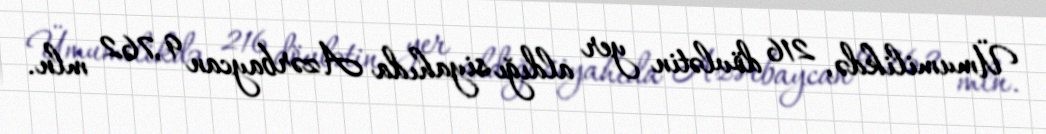
Ümumilikdə, 216 dövlətin yer aldığı siyahıda Azərbaycan 9,762 mln.